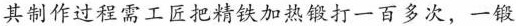
其制作过程需工匠把精铁加热锻打一百多次，一锻